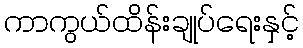
ကာကွယ်ထိန်းချုပ်ရေးနှင့်